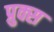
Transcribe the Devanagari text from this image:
प्रुक्स